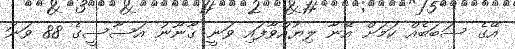
އޭގެ ސަބަބެއް ކަމަށް އޭނާ ލިޔުއްވާފައި ވަނީ ގާނޫނު އަސާސީގެ 88 ވަނަ